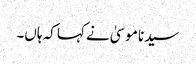
سیدنا موسیٰ نے کہا کہ ہاں۔